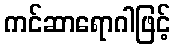
ကင်ဆာရောဂါဖြင့်